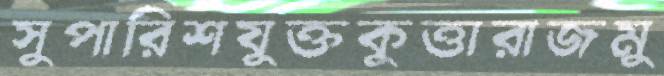
সুপারিশযুক্তকুত্তারাজমু